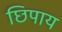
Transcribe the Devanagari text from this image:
छिपाय